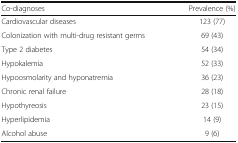
<table><thead><tr><td><b>Co-diagnoses</b></td><td><b>Prevalence (%)</b></td></tr></thead><tbody><tr><td>Cardiovascular diseases</td><td>123 (77)</td></tr><tr><td>Colonization with multi-drug resistant germs</td><td>69 (43)</td></tr><tr><td>Type 2 diabetes</td><td>54 (34)</td></tr><tr><td>Hypokalemia</td><td>52 (33)</td></tr><tr><td>Hypoosmolarity and hyponatremia</td><td>36 (23)</td></tr><tr><td>Chronic renal failure</td><td>28 (18)</td></tr><tr><td>Hypothyreosis</td><td>23 (15)</td></tr><tr><td>Hyperlipidemia</td><td>14 (9)</td></tr><tr><td>Alcohol abuse</td><td>9 (6)</td></tr></tbody></table>